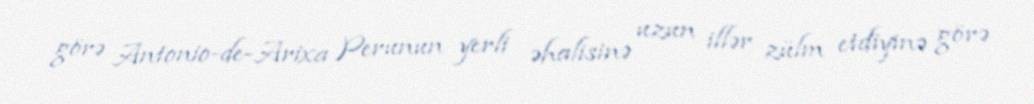
görə Antonio-de-Arixa Perunun yerli əhalisinə uzun illər zülm etdiyinə görə